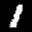
Label: 1